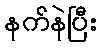
နက်နဲပြီး